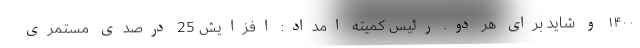
۱۴۰۰ و شاید برای هر دو. رئیس کمیته امداد: افزایش 25 درصدی مستمری